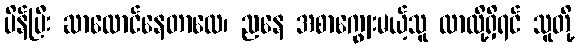
ပိန်ပြီး ဆာလောင်နေတာလေ၊ ညနေ အစာကျွေးမယ့်သူ လာလို့ရှိရင် သူတို့